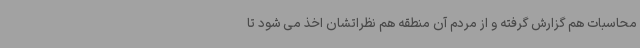
محاسبات هم گزارش گرفته و از مردم آن منطقه هم نظراتشان اخذ می شود تا